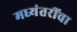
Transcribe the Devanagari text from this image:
मध्यंतरींचा